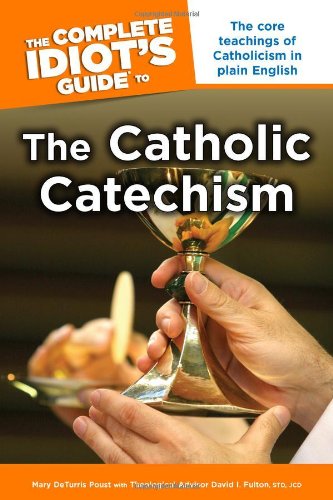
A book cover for The Complete Idiot's Guide to the Catholic Catechism (Idiot's Guides); Mary DeTurris Poust; Christian Books & Bibles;